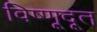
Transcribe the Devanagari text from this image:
विष्णूदूत